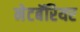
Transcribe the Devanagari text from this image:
नेटबॅरियर